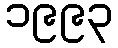
၁၉၉၃